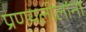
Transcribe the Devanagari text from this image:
प्रणयलीलांना